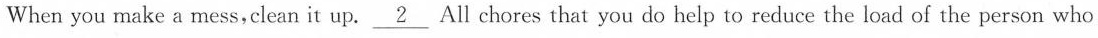
When you make a mess,clean it up. \underline{2} All chores that you do help to reduce the load of the person who